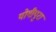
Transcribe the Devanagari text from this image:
योगीपुरा